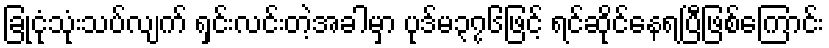
ခြုံငုံသုံးသပ်လျက် ရှင်းလင်းတဲ့အခါမှာ ပုဒ်မ၃၇၆ဖြင့် ရင်ဆိုင်နေရပြီဖြစ်ကြောင်း